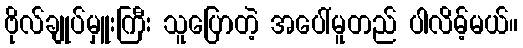
ဗိုလ်ချုပ်မှူးကြီး သူပြောတဲ့ အပေါ်မူတည် ပါလိမ့်မယ်။